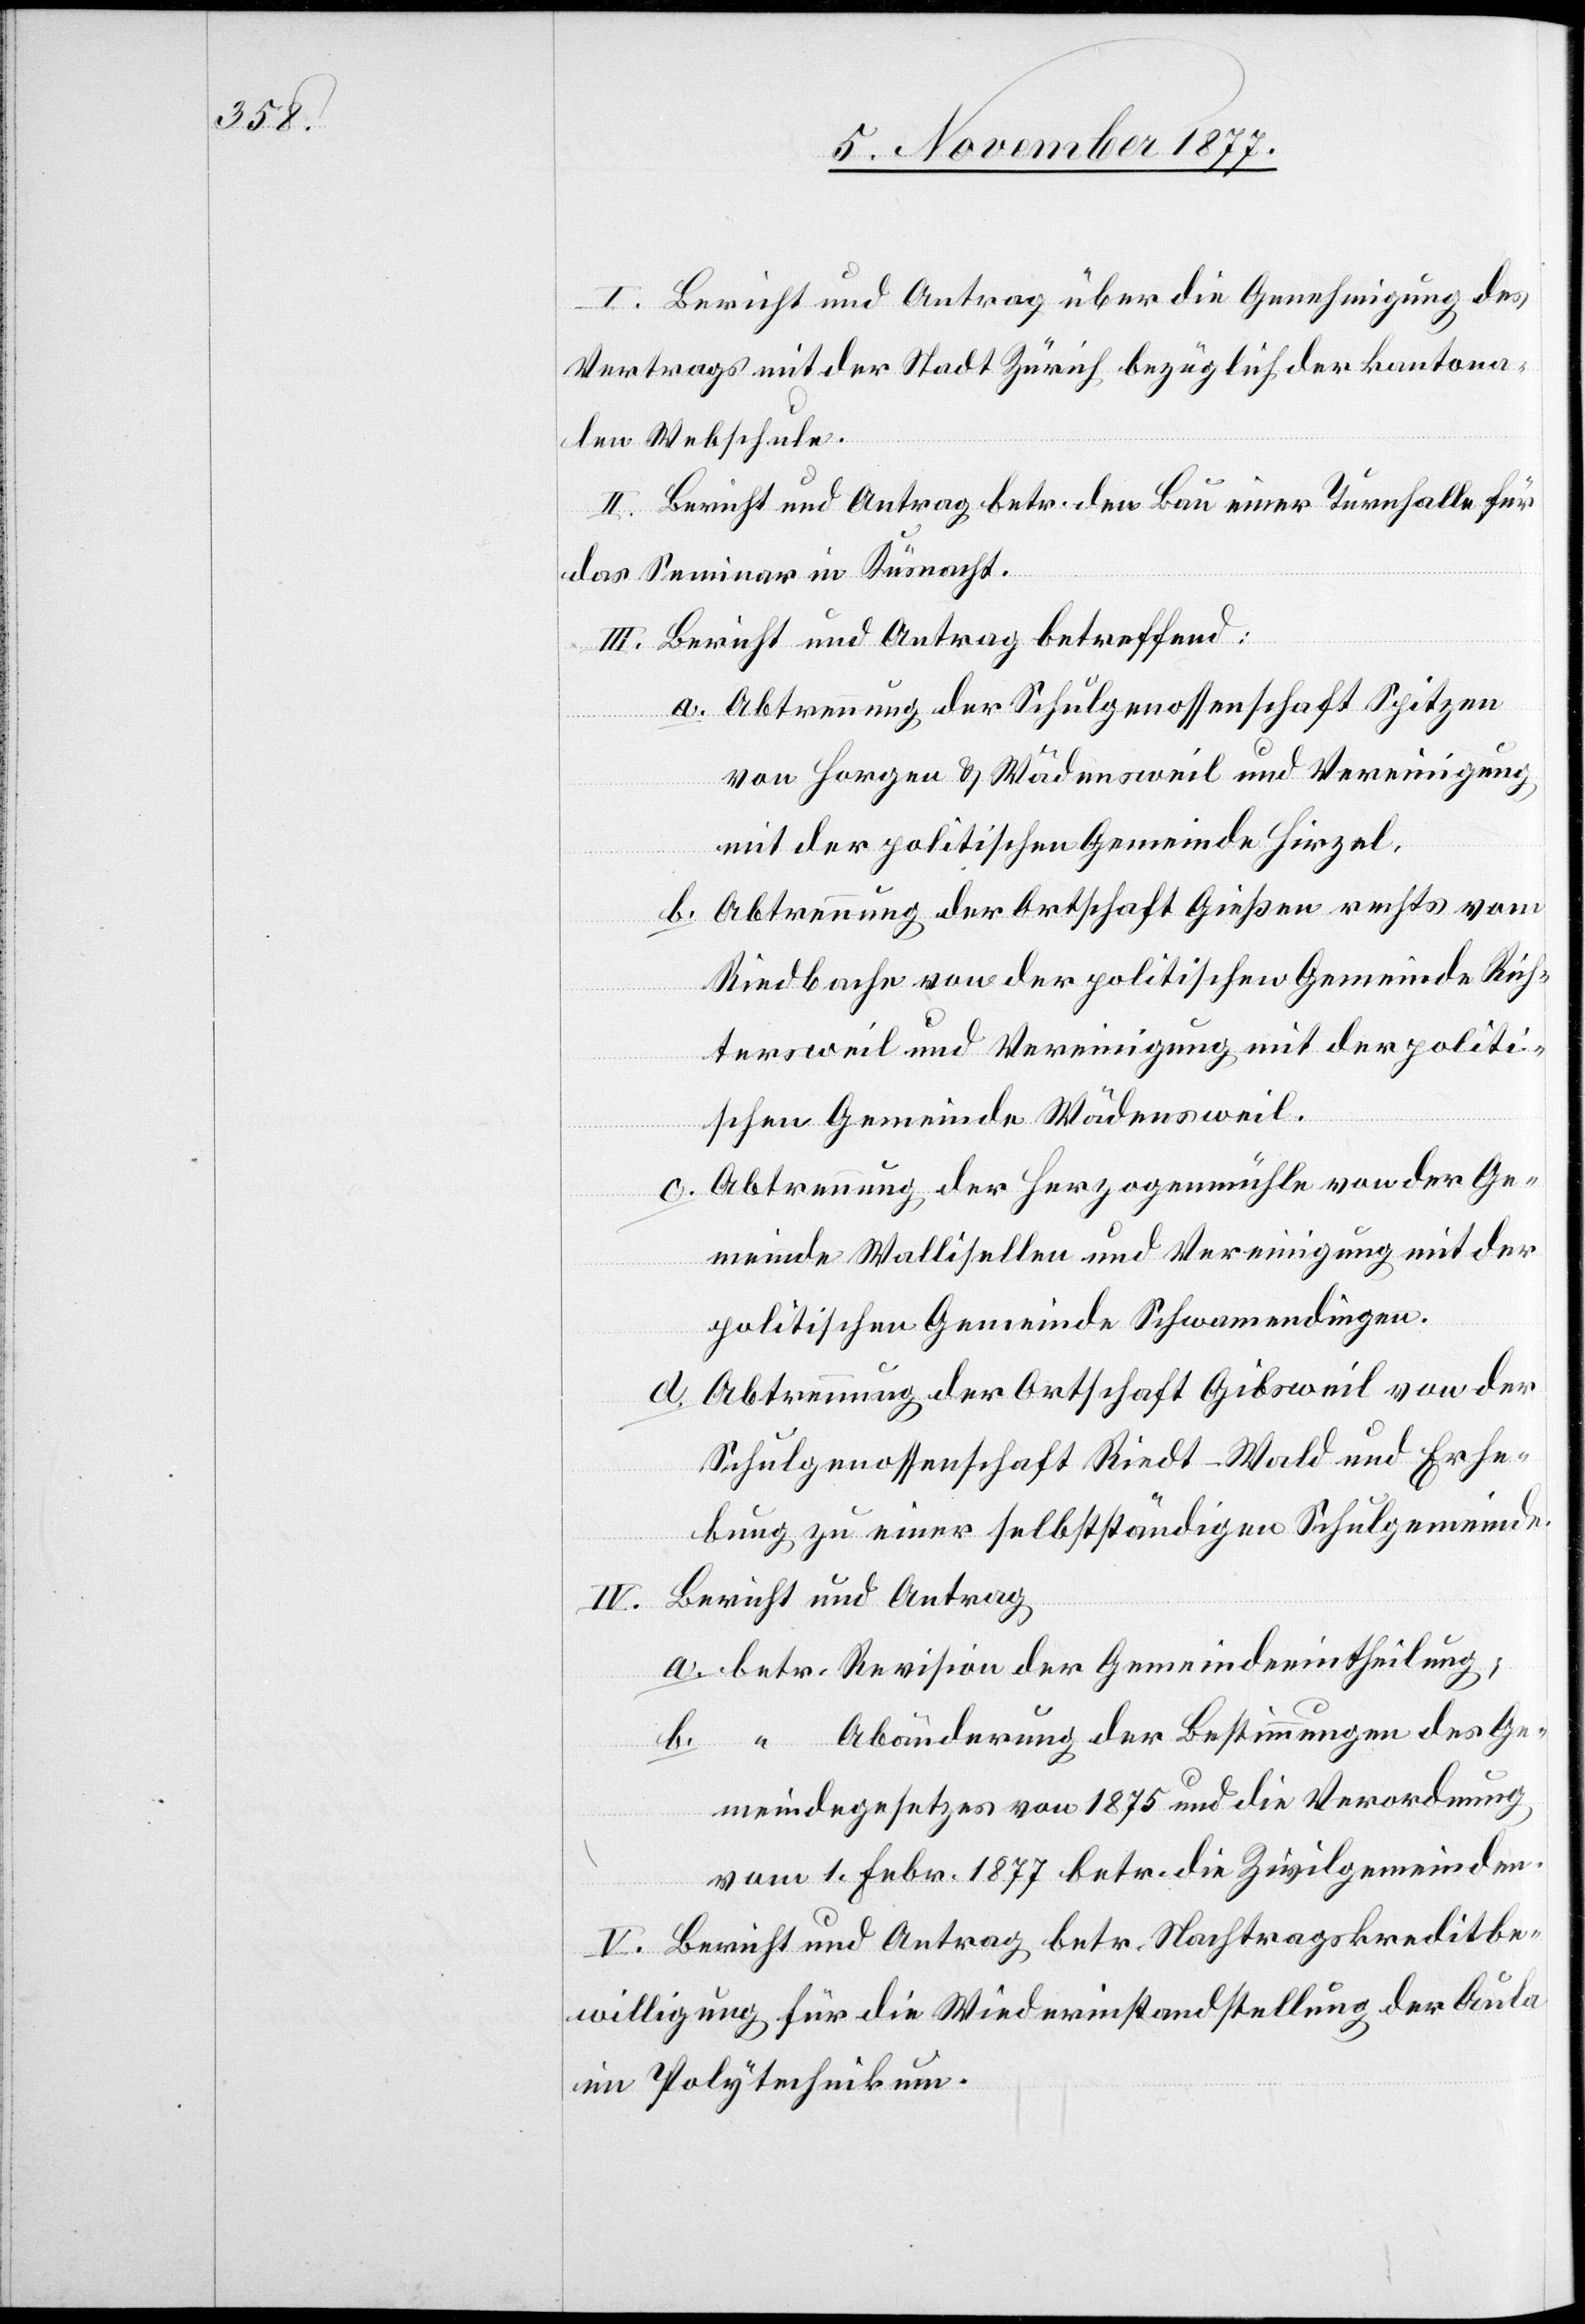
Bericht und Antrag über die Genehmigung des
Vertrags mit der Stadt Zürich bezüglich der kantona¬
len Webschule.
Bericht und Antrag betr. den Bau einer Turnhalle für
das Seminar in Küsnacht.
Bericht und Antrag betreffend:
Abtrennung der Schulgenossenschaft Spitzen
von Horgen & Wädensweil und Vereinigung
mit der politischen Gemeinde Hirzel.
Abtrennung der Ortschaft Gießen rechts vom
Riedbache von der politischen Gemeinde Rich¬
tersweil und Vereinigung mit der politi¬
schen Gemeinde Wädensweil.
Abtrennung der Herzogenmühle von der Ge¬
I.
meinde Wallisellen und Vereinigung mit der
politischen Gemeinde Schwamendingen.
Abtrennung der Ortschaft Gibsweil von der
a.
Schulgenossenschaft Riedt-Wald und Erhe¬
bung zu einer selbstständigen Schulgemeinde.
Bericht und Antrag
betr. Revision der Gemeindeeintheilung;
“ Abänderung der Bestimmungen des Ge¬
meindegesetzes von 1875 und die Verordnung
vom 1. Febr. 1877 betr. die Zivilgemeinden.
Bericht und Antrag betr. Nachtragskreditbe¬
willigung für die Wiederinstandstellung der Aula
im Polytechnikum.